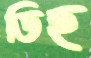
ডিহ